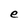
Character: e